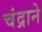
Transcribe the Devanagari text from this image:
चंद्राने